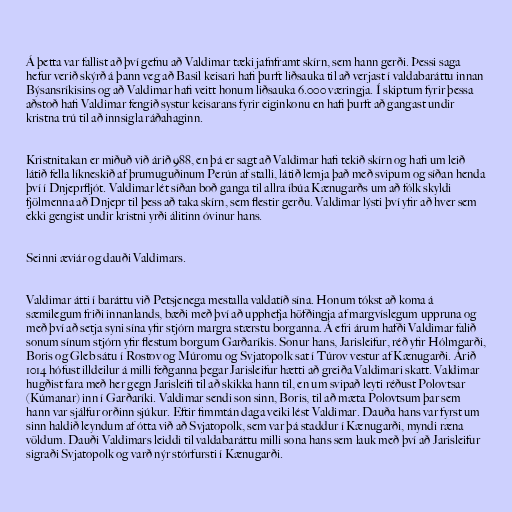
Á þetta var fallist að því gefnu að Valdimar tæki jafnframt skírn, sem hann gerði. Þessi saga
hefur verið skýrð á þann veg að Basil keisari hafi þurft liðsauka til að verjast í valdabaráttu innan
Býsansríkisins og að Valdimar hafi veitt honum liðsauka 6.000 væringja. Í skiptum fyrir þessa
aðstoð hafi Valdimar fengið systur keisarans fyrir eiginkonu en hafi þurft að gangast undir
kristna trú til að innsigla ráðahaginn.

Kristnitakan er miðuð við árið 988, en þá er sagt að Valdimar hafi tekið skírn og hafi um leið
látið fella líkneskið af þrumuguðinum Perún af stalli, látið lemja það með svipum og síðan henda
því í Dnjeprfljót. Valdimar lét síðan boð ganga til allra íbúa Kænugarðs um að fólk skyldi
fjölmenna að Dnjepr til þess að taka skírn, sem flestir gerðu. Valdimar lýsti því yfir að hver sem
ekki gengist undir kristni yrði álitinn óvinur hans.

Seinni æviár og dauði Valdimars.

Valdimar átti í baráttu við Petsjenega mestalla valdatíð sína. Honum tókst að koma á
sæmilegum friði innanlands, bæði með því að upphefja höfðingja af margvíslegum uppruna og
með því að setja syni sína yfir stjórn margra stærstu borganna. Á efri árum hafði Valdimar falið
sonum sínum stjórn yfir flestum borgum Garðaríkis. Sonur hans, Jarisleifur, réð yfir Hólmgarði,
Boris og Gleb sátu í Rostov og Múromu og Svjatopolk sat í Túrov vestur af Kænugarði. Árið
1014 hófust illdeilur á milli feðganna þegar Jarisleifur hætti að greiða Valdimari skatt. Valdimar
hugðist fara með her gegn Jarisleifi til að skikka hann til, en um svipað leyti réðust Polovtsar
(Kúmanar) inn í Garðaríki. Valdimar sendi son sinn, Boris, til að mæta Polovtsum þar sem
hann var sjálfur orðinn sjúkur. Eftir fimmtán daga veiki lést Valdimar. Dauða hans var fyrst um
sinn haldið leyndum af ótta við að Svjatopolk, sem var þá staddur í Kænugarði, myndi ræna
völdum. Dauði Valdimars leiddi til valdabaráttu milli sona hans sem lauk með því að Jarisleifur
sigraði Svjatopolk og varð nýr stórfursti í Kænugarði.